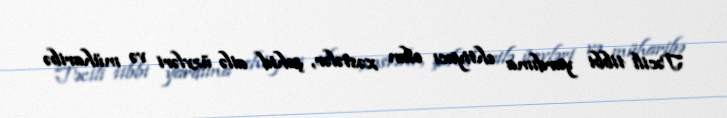
Təcili tibbi yardıma ehtiyacı olan xəstələr, şəhid ailə üzvləri və müharibə